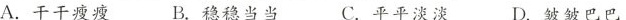
A. 干干瘦瘦 B. 稳稳当当 C. 平平淡淡 D. 皱皱巴巴